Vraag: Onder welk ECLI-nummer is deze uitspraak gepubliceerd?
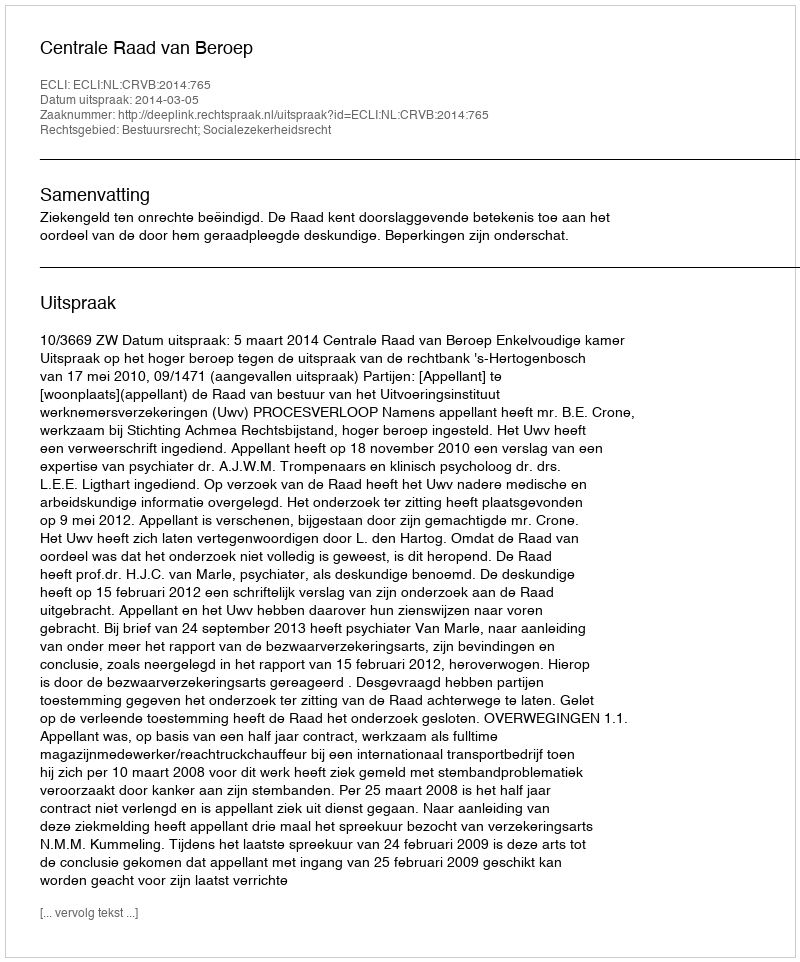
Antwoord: ECLI:NL:CRVB:2014:765